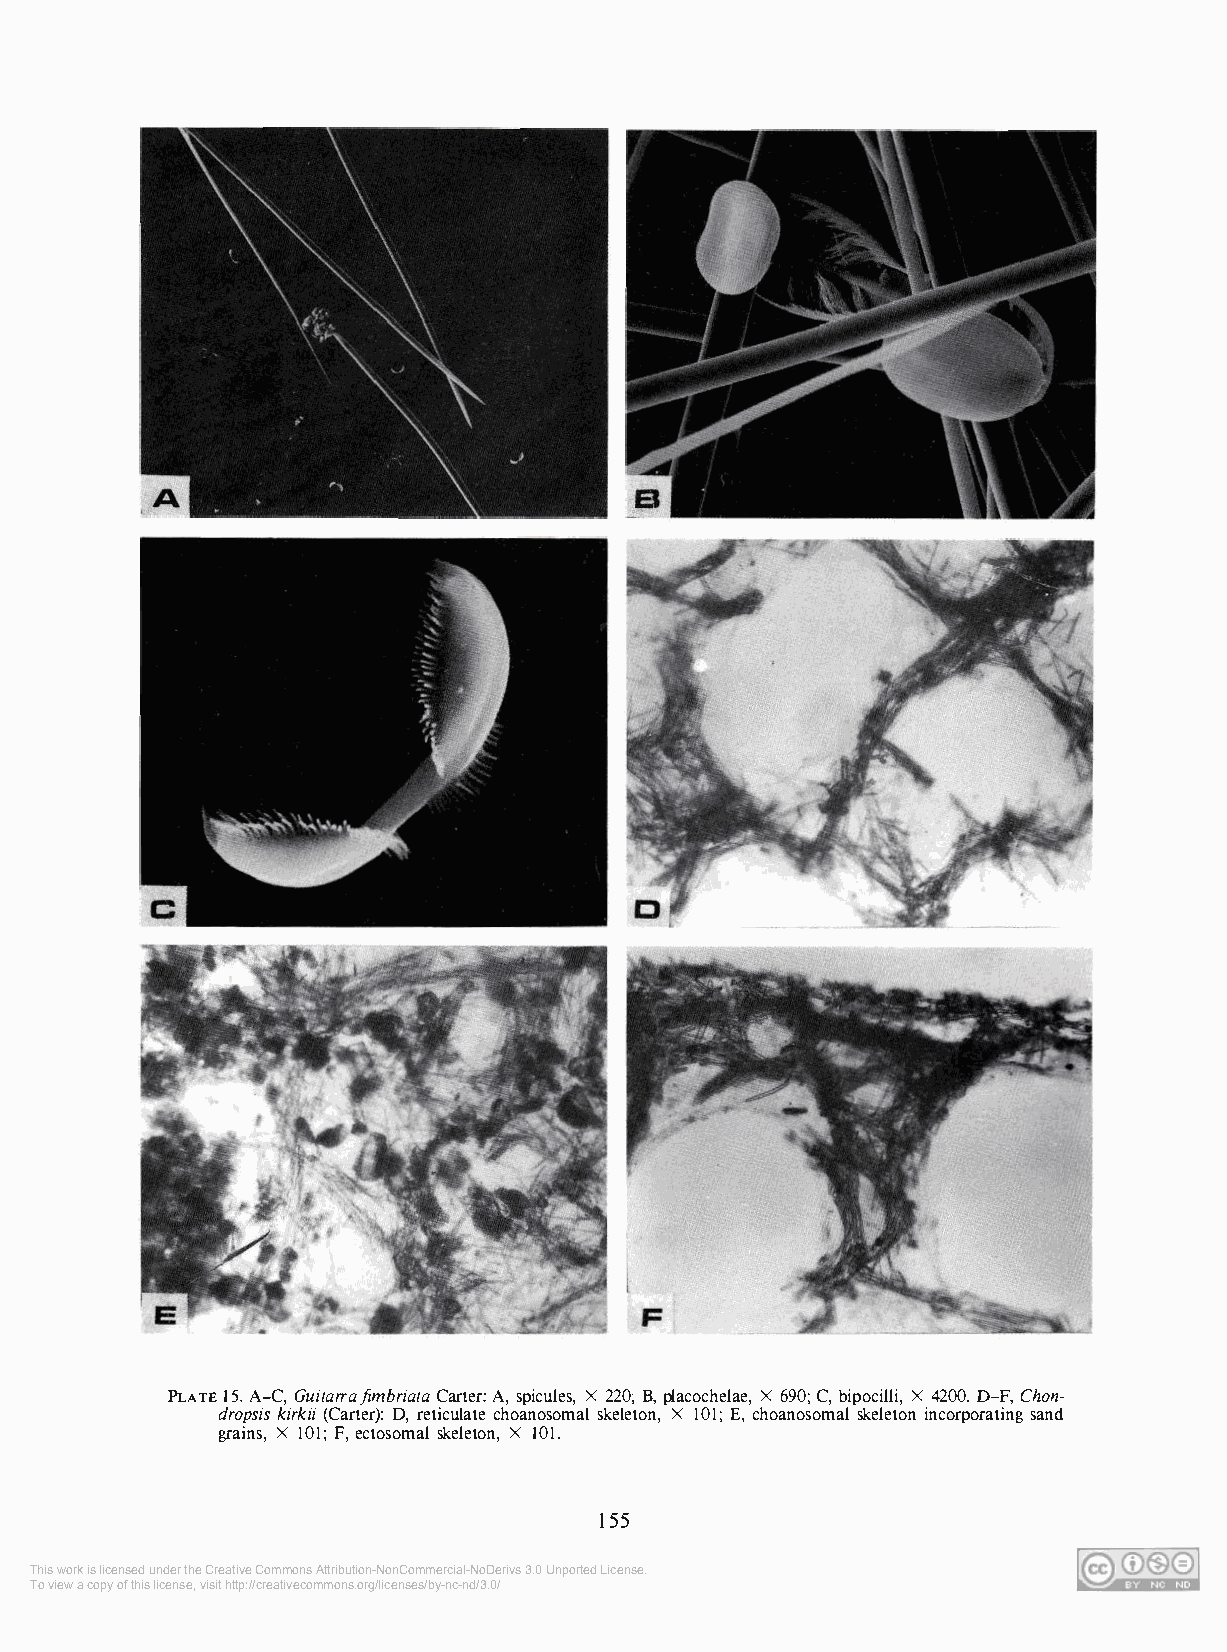
PLATE 15. A-C, Guitarrafimbriata Carter: A, spicules, X 220; B, placochelae, X 690; C, bipocilli, X 4200. D-F, Chon­
 dropsis kirkii (Carter): D, reticulate choanosomal skeleton, X 101; E, choanosomal skeleton incorporating sand
 grains, X 101; F, ectosomal skeleton, X 101.
 155
 This work is licensed under the Creative Commons Attribution-NonCommercial-NoDerivs 3.0 Unported License.
 To view a copy of this license, visit http://creativecommons.org/licenses/by-nc-nd/3.0/